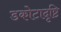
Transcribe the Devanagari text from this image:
डकोटादृष्टि